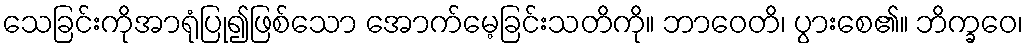
သေခြင်းကိုအာရုံပြု၍ဖြစ်သော အောက်မေ့ခြင်းသတိကို။ ဘာဝေတိ၊ ပွားစေ၏။ ဘိက္ခဝေ၊